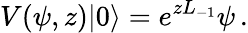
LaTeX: V(\psi,z)|0\rangle=e^{zL_{-1}}\psi\, .